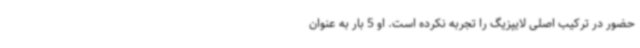
حضور در ترکیب اصلی لایپزیگ را تجربه نکرده است. او 5 بار به عنوان